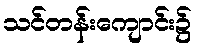
သင်တန်းကျောင်း၌